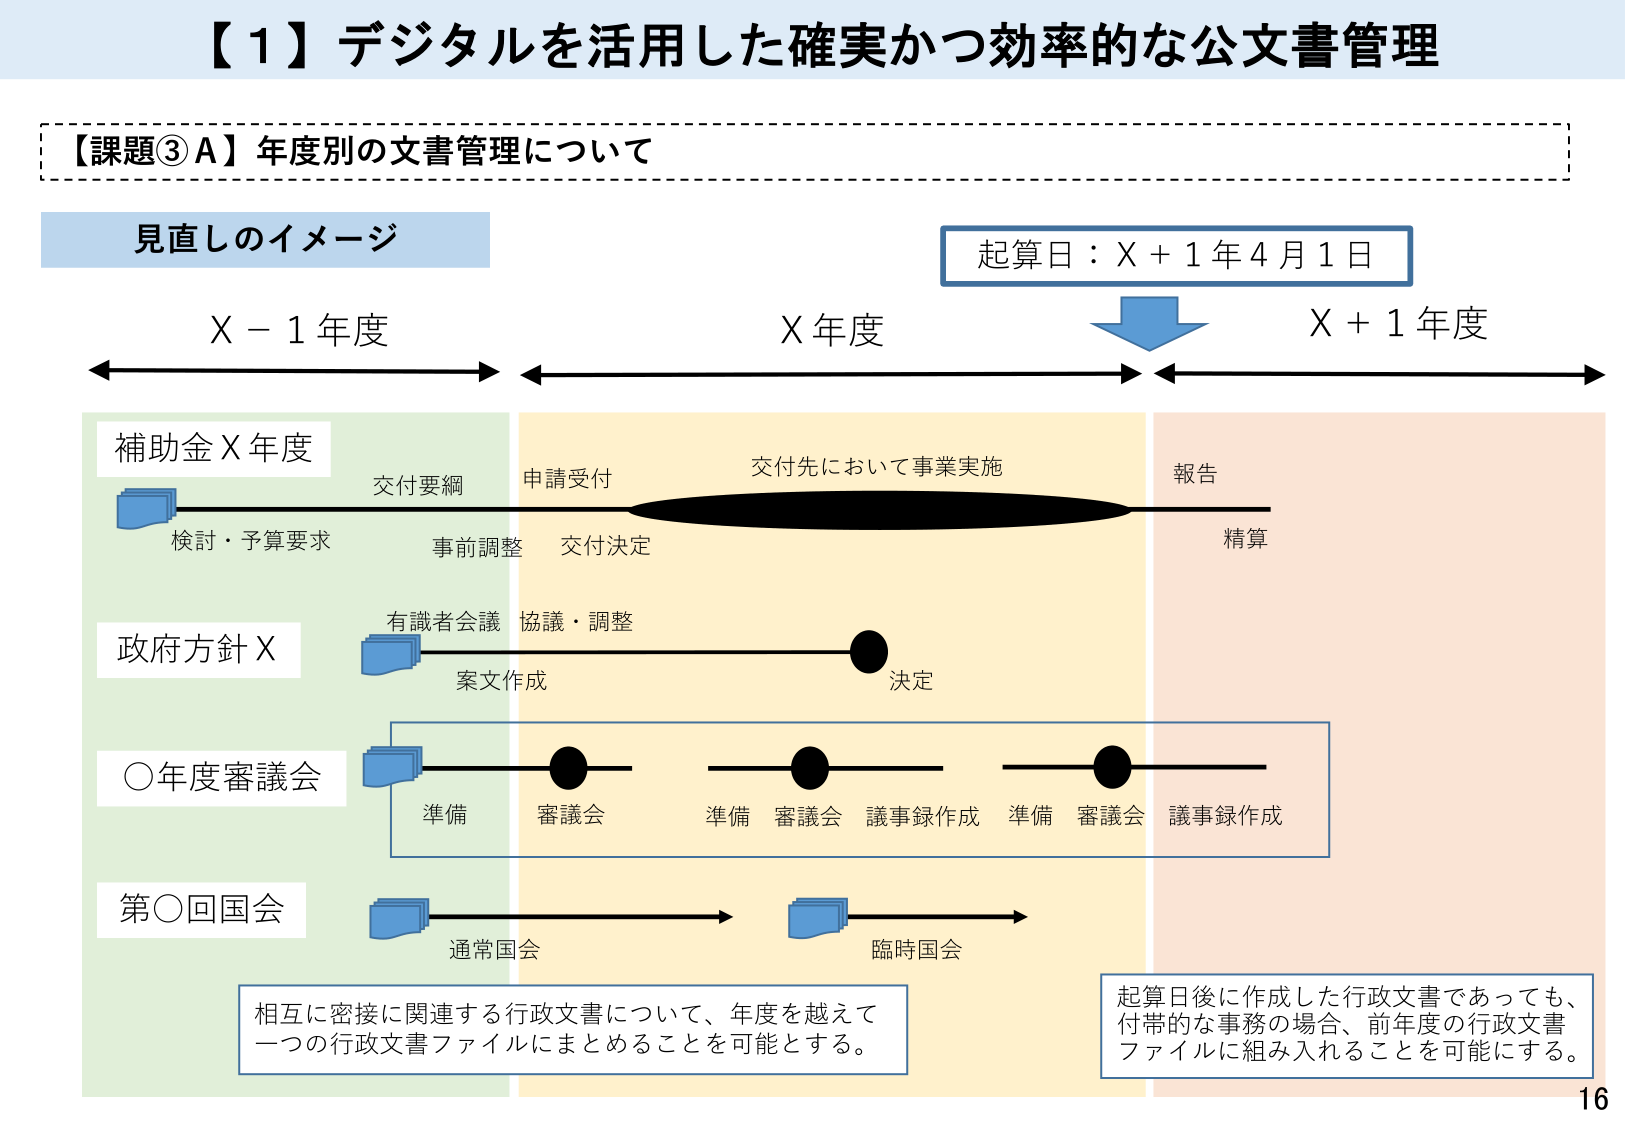
【1】デジタルを活用した確実かつ効率的な公文書管理

【課題③A】年度別の文書管理について

見直しのイメージ

起算日：X＋1年4月1日

X－1年度　　　　　　X年度　　　　　　X＋1年度

補助金X年度
　交付要綱
　検討・予算要求　　　事前調整　　　交付決定　　　　交付先において事業実施　　　報告　　　精算

政府方針X
　有識者会議　協議・調整
　案文作成　　　　　　　　　　　　　　　　　　　　　決定

○年度審議会
　準備　　　審議会　　　準備　　　審議会　　　議事録作成　　　準備　　　審議会　　　議事録作成

第○回国会
　通常国会　　　　　　　　　　　　　臨時国会

相互に密接に関連する行政文書について、年度を越えて
一つの行政文書ファイルにまとめることが可能とする。

起算日後に作成した行政文書であっても、
付帯的な事務の場合、前年度の行政文書
ファイルに組み入れることを可能にする。

16